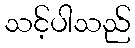
သင့်ပါသည်